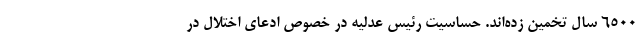
۶۵۰۰ سال تخمین زده‌اند. حساسیت رئیس عدلیه در خصوص ادعای اختلال در